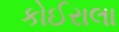
કોઈરાલા